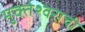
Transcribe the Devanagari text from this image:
मुक्तेश्वराची